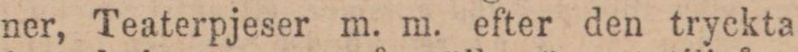
ner, Teaterpjeser m. m. efter den tryckta